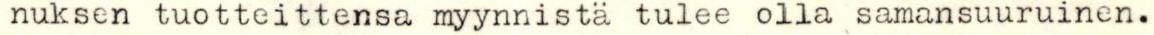
nuksen tuotteittensa myynnistä tulee olla samansuuruinen.